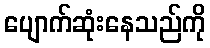
ပျောက်ဆုံးနေသည်ကို